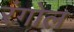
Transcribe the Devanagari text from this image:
रंगोल